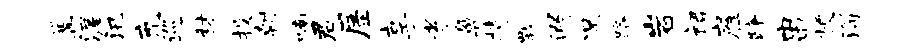
篝渥汛充巡秫投朝喃君屋享孝鼻持瓢溺况路岩裙雇躇串梗淄